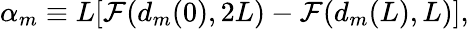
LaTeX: {\alpha}_{m}\equiv L[{\cal F}(d_{m}(0),2L)-{\cal F}(d_{m}(L),L)],